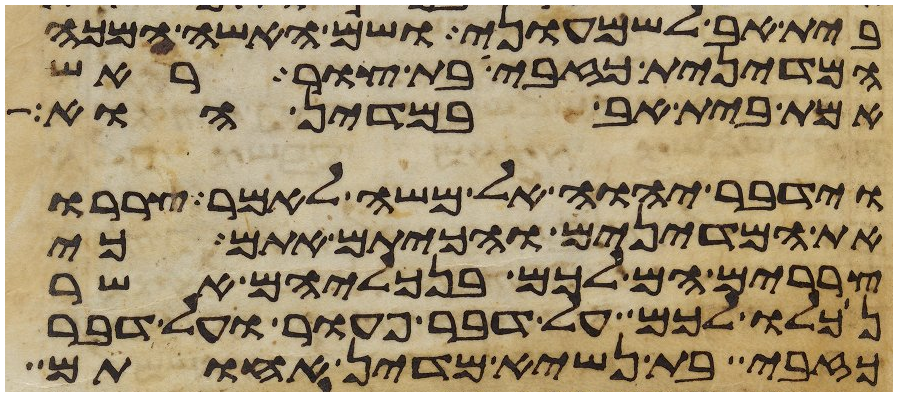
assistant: בית אב לשמעוני ושם האשה המכה
המדינית כזבית בת צור ראש
אמת בית אב במדין הוא
וידבר יהוה אל משה לאמר צררו
את המדינים והכיתם אתם כי
צררים הם לכם בנכליהם אשר
נכלו לכם על דבר פעור ועל דבר
כזבי בת נשיא מדין אחותם